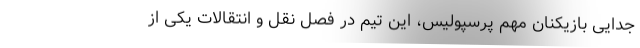
جدایی بازیکنان مهم پرسپولیس، این تیم در فصل نقل و انتقالات یکی از